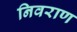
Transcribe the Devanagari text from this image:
निवराण